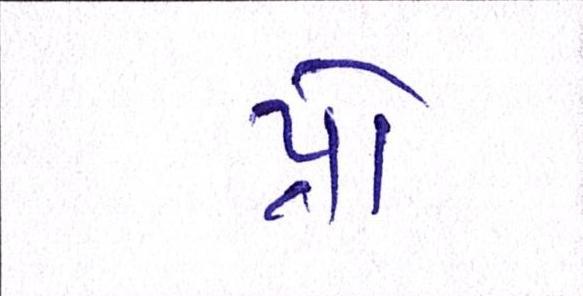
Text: પ્રો